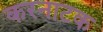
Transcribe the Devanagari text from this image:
करनाटक